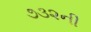
૭૩૨ની